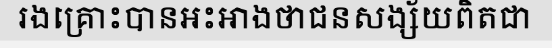
រងគ្រោះបានអះអាងថាជនសង្ស័យពិតជា